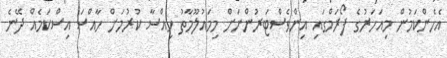
އެހެންކަމުން މިއަހަރުގެ ފޯރަމްގައި އިންވެސްޓަރުންނަށް މިމައުލޫމާތު ހިއްސާ ކުރުމަށް ހާއްސަ އިސްކަމެއް ދޭނެ